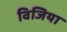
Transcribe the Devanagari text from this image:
विजिया